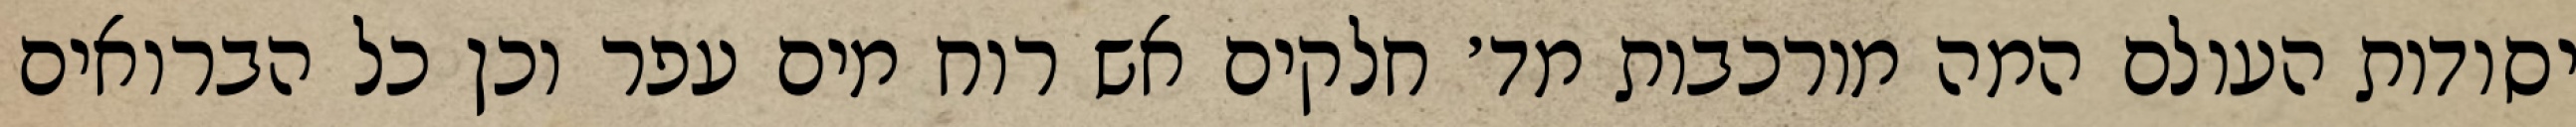
יסודות העולם המה מורכבות מד׳ חלקים אש רוח מים עפר וכן כל הברואים